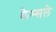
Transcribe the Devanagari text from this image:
केम्सले